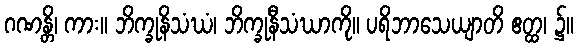
ဂဏန္တိ၊ ကား။ ဘိက္ခုနိသံဃံ၊ ဘိက္ခုနီသံဃာကို။ ပရိဘာသေယျာတိ ဧတ္ထ၊ ၌။